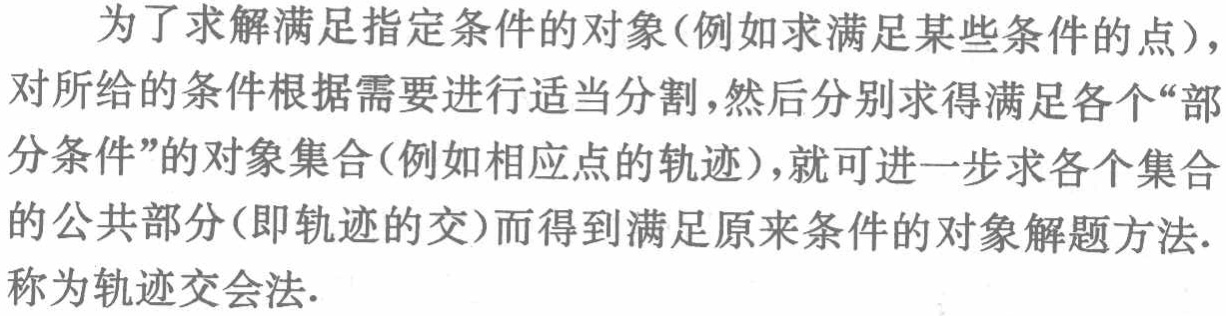
为了求解满足指定条件的对象(例如求满足某些条件的点)，对所给的条件根据需要进行适当分割，然后分别求得满足各个“部分条件”的对象集合(例如相应点的轨迹)，就可进一步求各个集合的公共部分(即轨迹的交)而得到满足原来条件的对象解题方法.称为轨迹交会法.